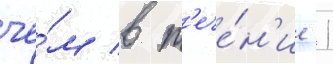
че́м в т'ече́н'ие 1